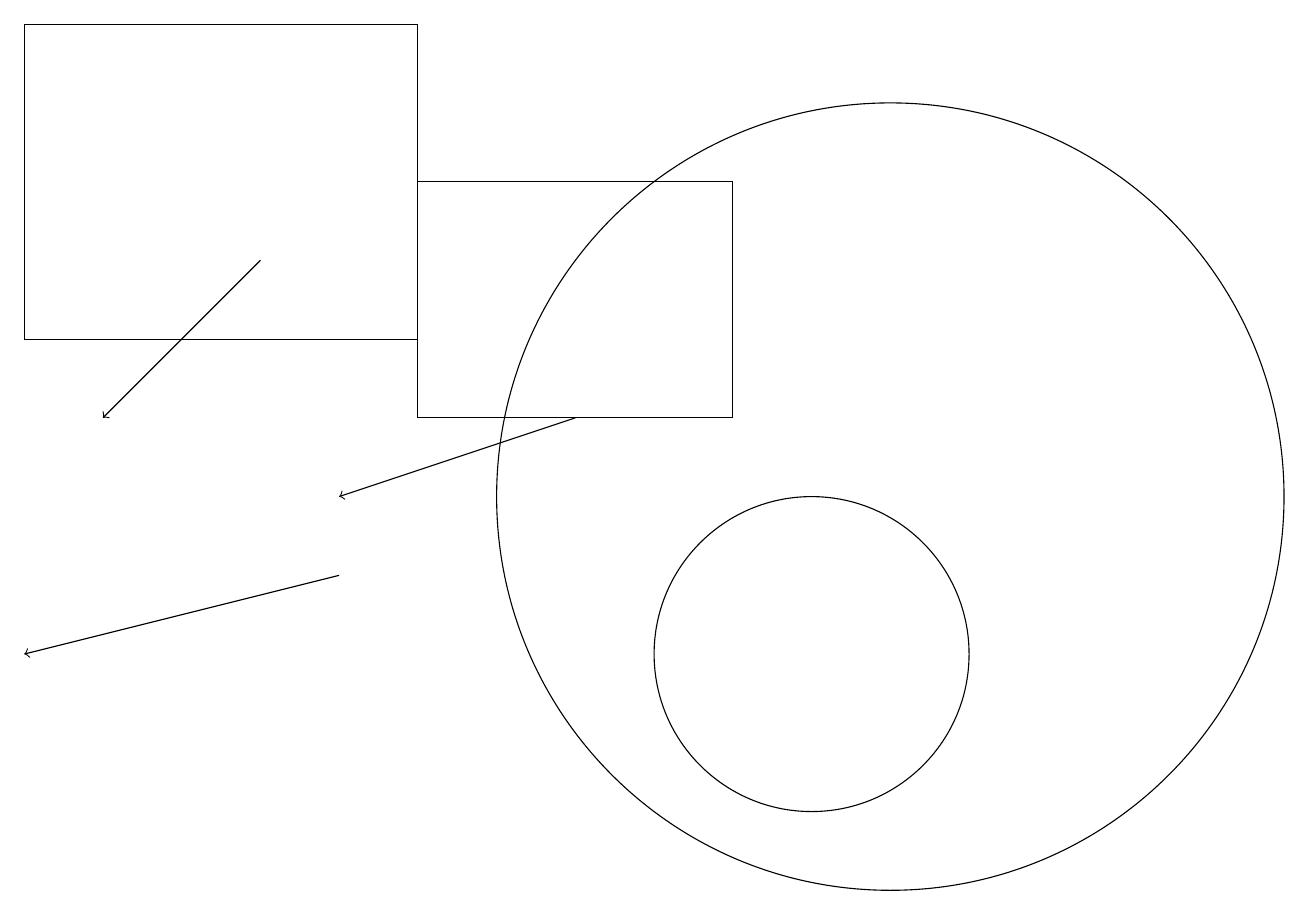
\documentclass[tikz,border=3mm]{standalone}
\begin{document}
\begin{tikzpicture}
\draw[->] (7,13) -- (4,12);
\draw[->] (4,11) -- (0,10);
\draw (10,10) circle (2);
\draw[->] (3,15) -- (1,13);
\draw (11,12) circle (5);
\draw (5,13) rectangle (9,16);
\draw (0,14) rectangle (5,18);
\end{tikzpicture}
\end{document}